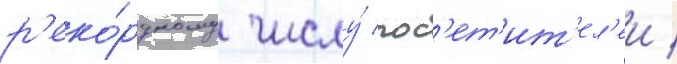
р'еко́рдному числу́ пос'ет'ит'ел'еи /